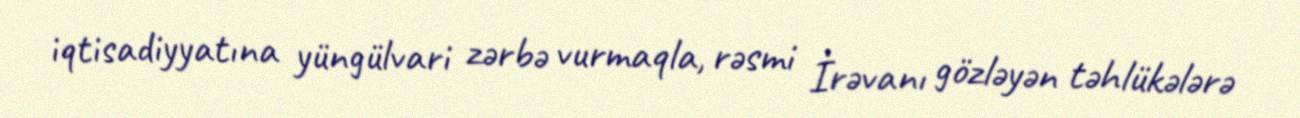
iqtisadiyyatına yüngülvari zərbə vurmaqla, rəsmi İrəvanı gözləyən təhlükələrə